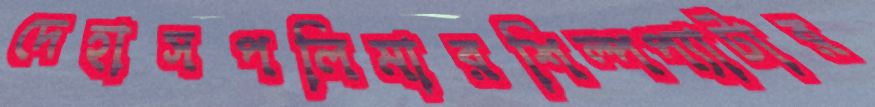
দেহাসপলিমারশিল্পপ্যাটার